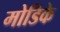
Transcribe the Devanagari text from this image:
मोडिके